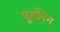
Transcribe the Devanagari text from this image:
पूर्बोरंग